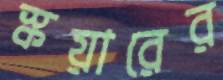
স্কয়ারের